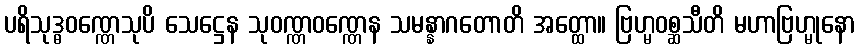
ပရိသုဒ္ဓဝဏ္ဏေသုပိ သေဋ္ဌေန သုဝဏ္ဏဝဏ္ဏေန သမန္နာဂတောတိ အတ္ထော။ ဗြဟ္မဝစ္ဆသီတိ မဟာဗြဟ္မုနော